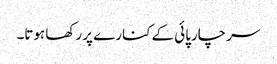
سر چارپائی کے کنارے پر رکھا ہوتا۔